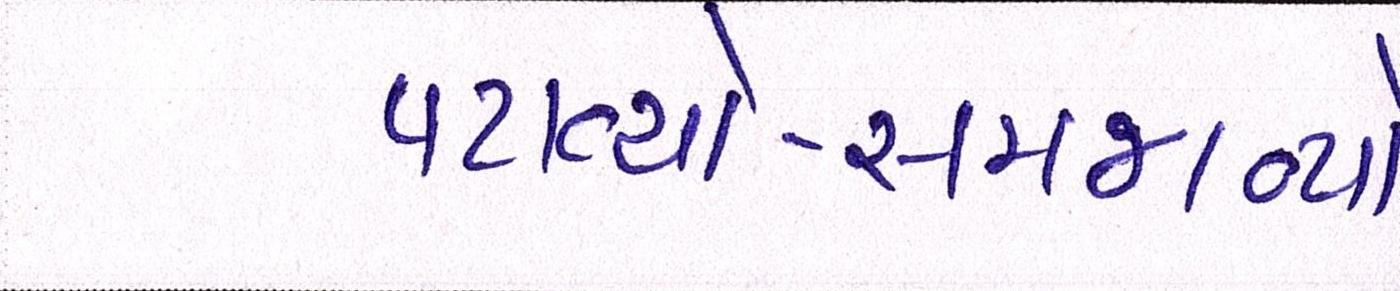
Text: પટાવ્યો-સમજાવ્યો